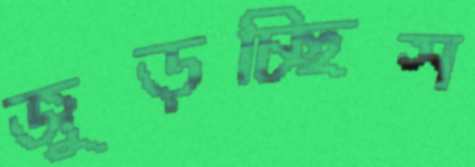
জুড়চ্ছিস